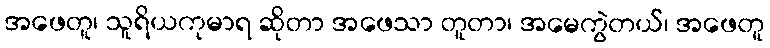
အဖေတူ၊ သူရိယကုမာရ ဆိုတာ အဖေသာ တူတာ၊ အမေကွဲတယ်၊ အဖေတူ